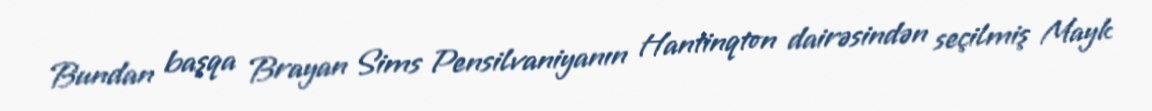
Bundan başqa Brayan Sims Pensilvaniyanın Hantinqton dairəsindən seçilmiş Mayk